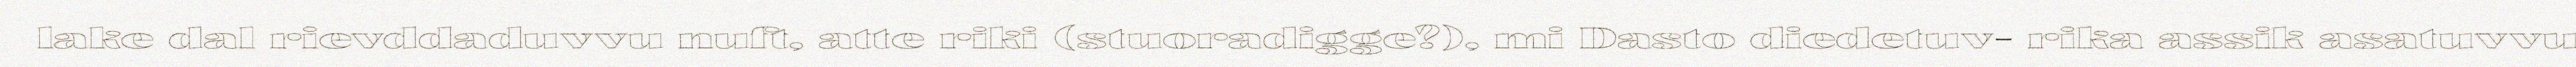
lake dal rievddaduvvu nuft, atte riki (stuoradigge?), mi Dasto diedetuv- rika assik asatuvvu